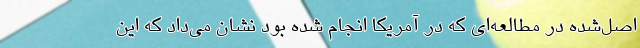
اصل‌شده در مطالعه‌ای که در آمریکا انجام شده بود نشان می‌داد که این